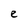
Character: e